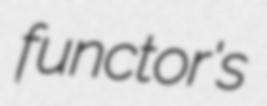
functor's